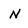
Character: N